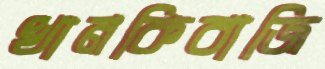
খানকিবাজি